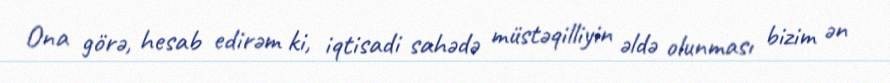
Ona görə, hesab edirəm ki, iqtisadi sahədə müstəqilliyin əldə olunması bizim ən